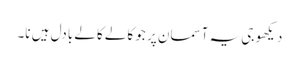
دیکھو جی یہ آسمان پر جو کالے کالے بادل ہیں نا۔